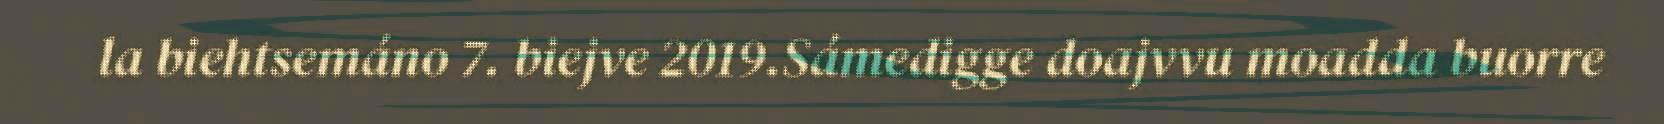
la biehtsemáno 7. biejve 2019.Sámedigge doajvvu moadda buorre